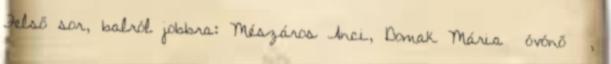
Felső sor, balról jobbra: Mészáros Anci, Domak Mária óvónő ,